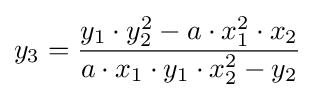
y_{3}={\frac {y_{1}\cdot y_{2}^{2}-a\cdot x_{1}^{2}\cdot x_{2}}{a\cdot x_{1}\cdot y_{1}\cdot x_{2}^{2}-y_{2}}}